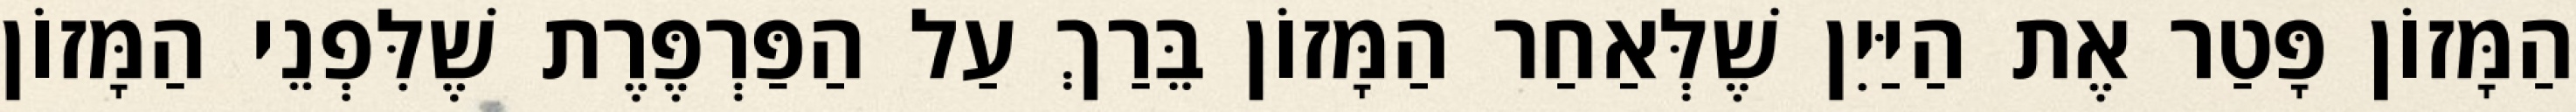
הַמָּזוֹן פָּטַר אֶת הַיַּיִן שֶׁלְּאַחַר הַמָּזוֹן בֵּרַךְ עַל הַפַּרְפֶּרֶת שֶׁלִּפְנֵי הַמָּזוֹן